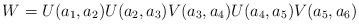
LaTeX: \begin{align*}W=U(a_1,a_2)U(a_2,a_3)V(a_3,a_4)U(a_4,a_5)V(a_5,a_6)\end{align*}